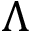
\Lambda